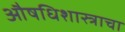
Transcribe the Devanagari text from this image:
औषधिशास्त्राचा